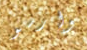
وارسو